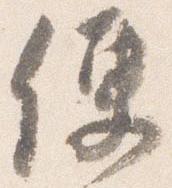
便